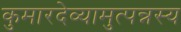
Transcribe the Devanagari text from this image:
कुमारदेव्यामुत्पन्नस्य